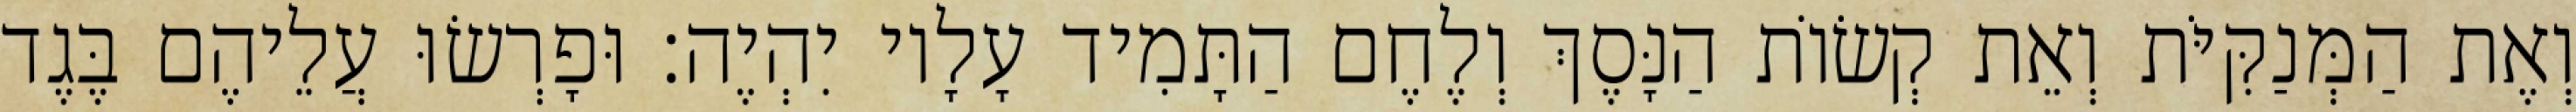
וְאֶת הַמְּנַקִּיֹּת וְאֵת קְשׂוֹת הַנָּסֶךְ וְלֶחֶם הַתָּמִיד עָלָיו יִהְיֶה׃ וּפָרְשׂוּ עֲלֵיהֶם בֶּגֶד